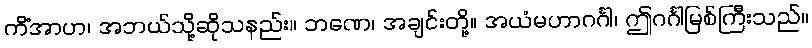
ကိံအာဟ၊ အဘယ်သို့ဆိုသနည်း။ ဘဏေ၊ အချင်းတို့။ အယံမဟာဂင်္ဂါ၊ ဤဂင်္ဂါမြစ်ကြီးသည်။